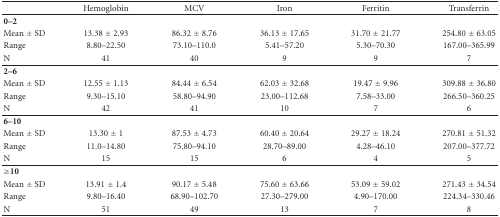
|  | Hemoglobin | MCV | Iron | Ferritin | Transferrin |
 | --- | --- | --- | --- | --- | --- |
 | 0–2 |  |  |  |  |  |
 | Mean ± SD | 13.38 ± 2.93 | 86.32 ± 8.76 | 36.13 ± 17.65 | 31.70 ± 21.77 | 254.80 ± 63.05 |
 | Range | 8.80–22.50 | 73.10–110.0 | 5.41–57.20 | 5.30–70.30 | 167.00–365.99 |
 | N | 41 | 40 | 9 | 9 | 7 |
 | 2–6 |  |  |  |  |  |
 | Mean ± SD | 12.55 ± 1.13 | 84.44 ± 6.54 | 62.03 ± 32.68 | 19.47 ± 9.96 | 309.88 ± 36.80 |
 | Range | 9.30–15.10 | 58.80–94.90 | 23.00–112.68 | 7.58–33.00 | 266.50–360.25 |
 | N | 42 | 41 | 10 | 7 | 6 |
 | 6–10 |  |  |  |  |  |
 | Mean ± SD | 13.30 ± 1 | 87.53 ± 4.73 | 60.40 ± 20.64 | 29.27 ± 18.24 | 270.81 ± 51.32 |
 | Range | 11.0–14.80 | 75.80–94.10 | 28.70–89.00 | 4.28–46.10 | 207.00–377.72 |
 | N | 15 | 15 | 6 | 4 | 5 |
 | ≥10 |  |  |  |  |  |
 | Mean ± SD | 13.91 ± 1.4 | 90.17 ± 5.48 | 75.60 ± 63.66 | 53.09 ± 59.02 | 271.43 ± 34.54 |
 | Range | 9.80–16.40 | 68.90–102.70 | 27.30–279.00 | 4.90–170.00 | 224.34–330.46 |
 | N | 51 | 49 | 13 | 7 | 8 |